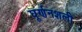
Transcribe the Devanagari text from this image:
घूर्णनशली